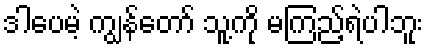
ဒါပေမဲ့ ကျွန်တော် သူ့ကို မကြည့်ရဲပါဘူး